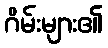
ဂိမ်းများ၏